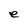
Character: e